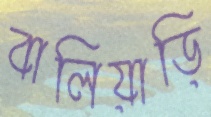
বালিয়াড়ি